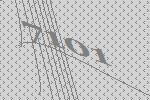
7101